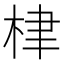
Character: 𣑵